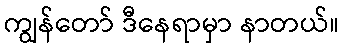
ကျွန်တော် ဒီနေရာမှာ နာတယ်။